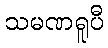
သမဏရူပီ